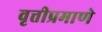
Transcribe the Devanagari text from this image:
वृत्तीप्रमाणे